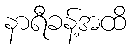
နာရီခန့်အထိ